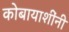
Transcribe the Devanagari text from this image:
कोबायाशींनी